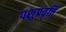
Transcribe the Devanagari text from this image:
पशुप्रवृत्ति